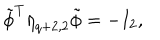
{ \tilde { \phi } } ^ { T } { \eta } _ { q + 2 , 2 } { \tilde { \phi } } = - I _ { 2 } ,